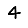
Digit: 4